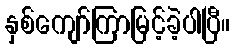
နှစ်ကျော်ကြာမြင့်ခဲ့ပါပြီ။